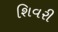
શિવરી